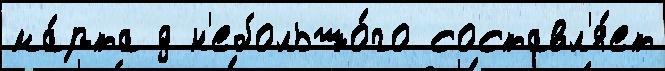
ма́рта д н'ебольшо́го составл'я́ет